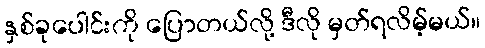
နှစ်ခုပေါင်းကို ပြောတယ်လို့ ဒီလို မှတ်ရလိမ့်မယ်။